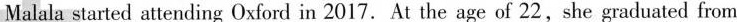
Malala started attending Oxford in 2017.At the age of 22,she graduated from